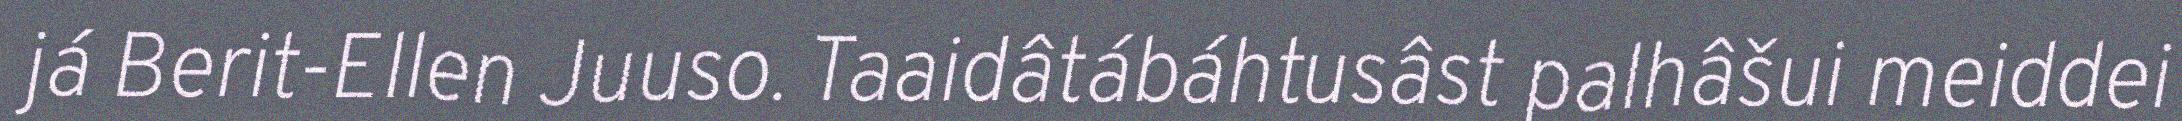
já Berit-Ellen Juuso. Taaidâtábáhtusâst palhâšui meiddei